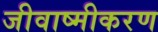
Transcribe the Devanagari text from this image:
जीवाष्मीकरण